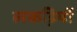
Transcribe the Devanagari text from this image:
लकडि़यों